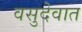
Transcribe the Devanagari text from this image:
वसुदेवात